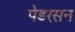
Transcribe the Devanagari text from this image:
पेडरसन